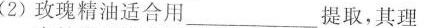
(2) 玫瑰精油适合用___提取，其理